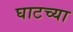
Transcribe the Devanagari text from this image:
घाटच्या